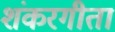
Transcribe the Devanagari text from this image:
शंकरगीता